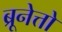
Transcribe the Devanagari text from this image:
ब्रूनेत्तो